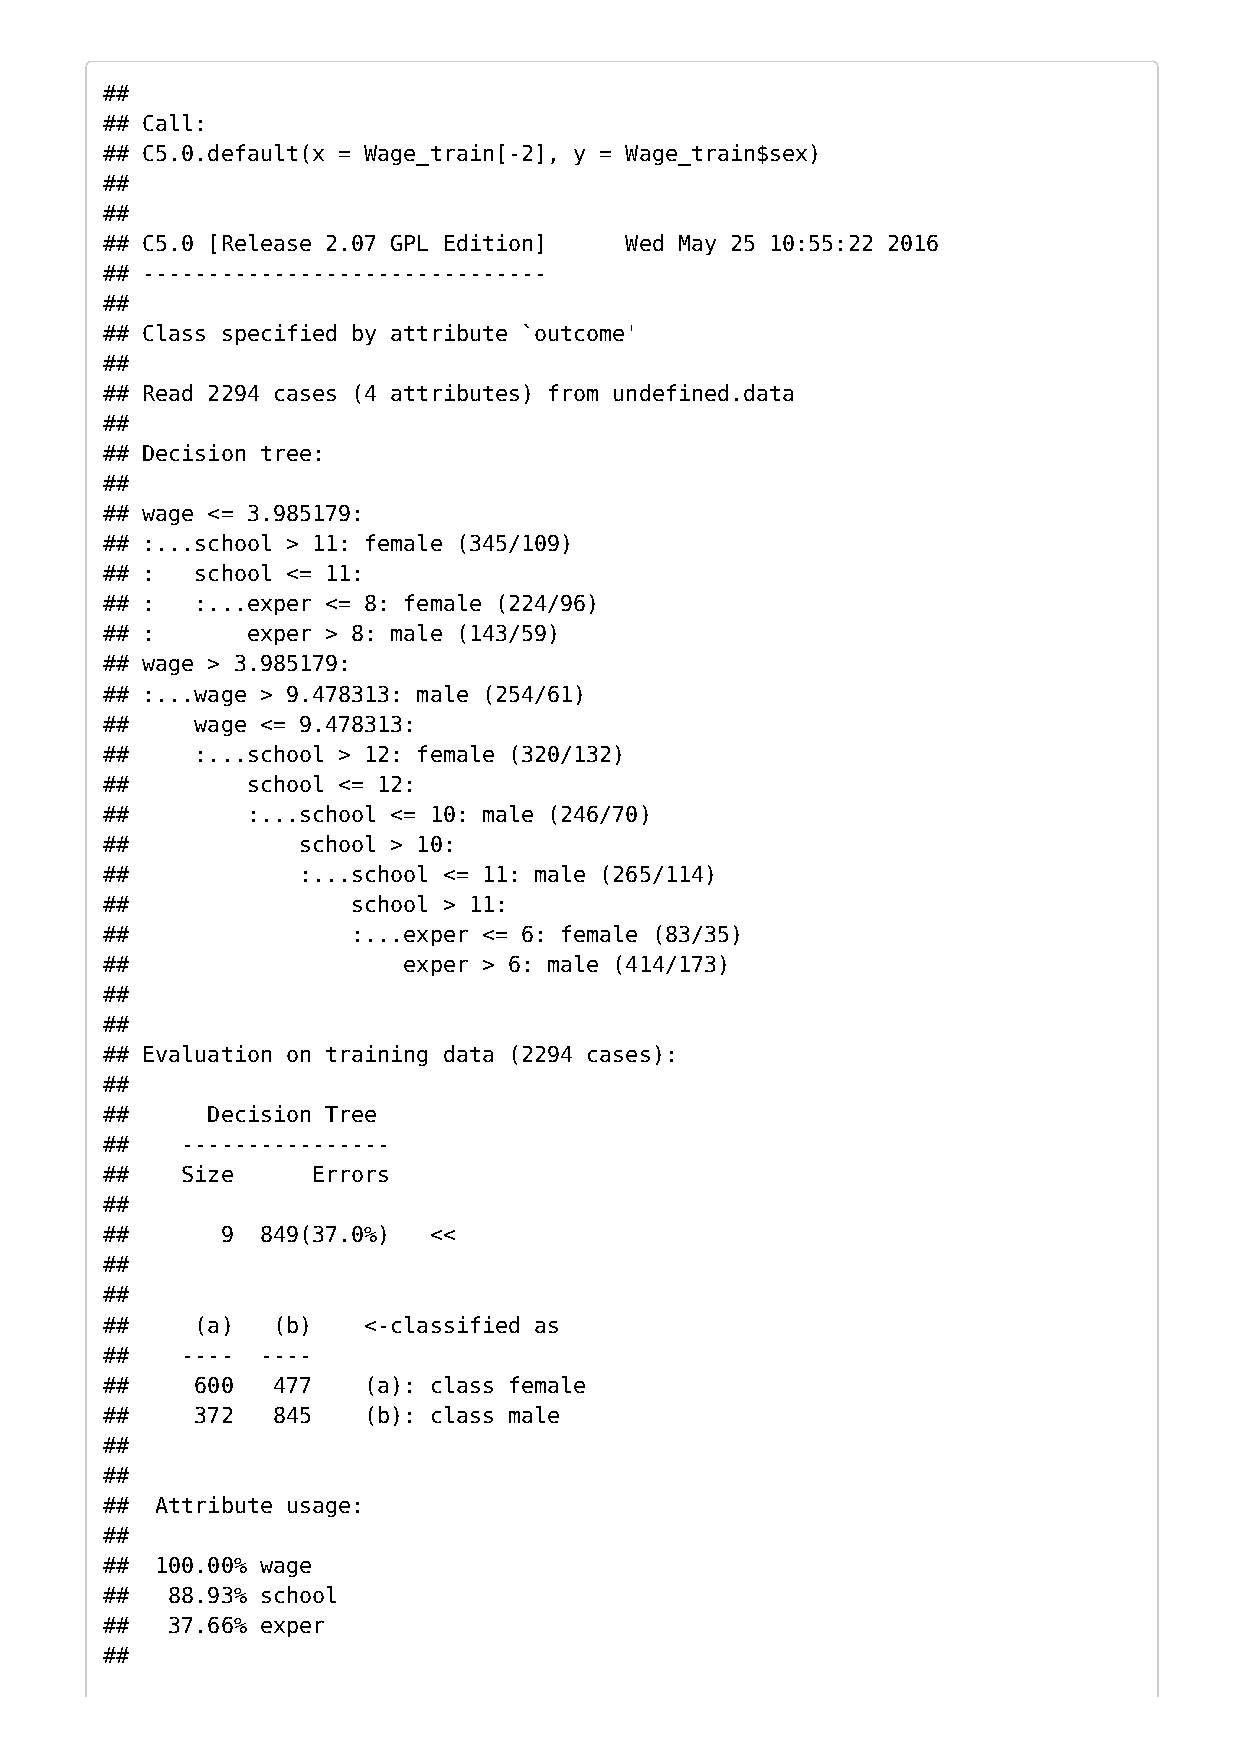
##
 ## Call:
 ## C5.0.default(x = Wage_train[-2], y = Wage_train$sex)
 ##
 ##
 ## C5.0 [Release 2.07 GPL Edition] Wed May 25 10:55:22 2016
 ## -------------------------------
 ##
 ## Class specified by attribute `outcome'
 ##
 ## Read 2294 cases (4 attributes) from undefined.data
 ##
 ## Decision tree:
 ##
 ## wage <= 3.985179:
 ## :...school > 11: female (345/109)
 ## :  school <= 11:
 ## :  :...exper <= 8: female (224/96)
 ## :     exper > 8: male (143/59)
 ## wage > 3.985179:
 ## :...wage > 9.478313: male (254/61)
 ##    wage <= 9.478313:
 ##    :...school > 12: female (320/132)
 ##       school <= 12:
 ##       :...school <= 10: male (246/70)
 ##           school > 10:
 ##           :...school <= 11: male (265/114)
 ##              school > 11:
 ##              :...exper <= 6: female (83/35)
 ##                  exper > 6: male (414/173)
 ##
 ##
 ## Evaluation on training data (2294 cases):
 ##
 ##     Decision Tree
 ##   ----------------
 ##   Size     Errors
 ##
 ##      9 849(37.0%) <<
 ##
 ##
 ##    (a)  (b)   <-classified as
 ##   ---- ----
 ##    600  477   (a): class female
 ##    372  845   (b): class male
 ##
 ##
 ## Attribute usage:
 ##
 ## 100.00% wage
 ##  88.93% school
 ##  37.66% exper
 ##